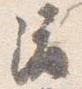
渡